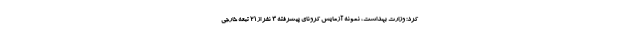
کرد: وزارت بهداشت، نمونه آزمایش کرونای پیشرفته 3 نفر از 21 تبعه خارجی